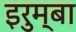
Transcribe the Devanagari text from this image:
इरुम्बा